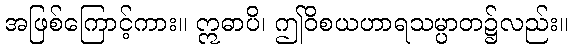
အဖြစ်ကြောင့်ကား။ ဣဓာပိ၊ ဤဝိစယဟာရသမ္ပာတ၌လည်း။